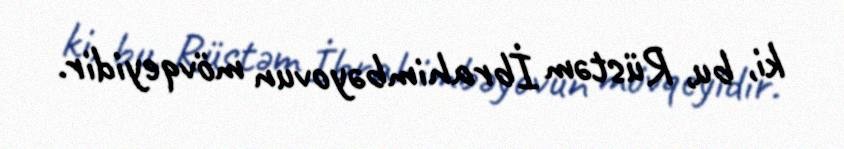
ki, bu, Rüstəm İbrahimbəyovun mövqeyidir.